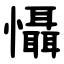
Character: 懾